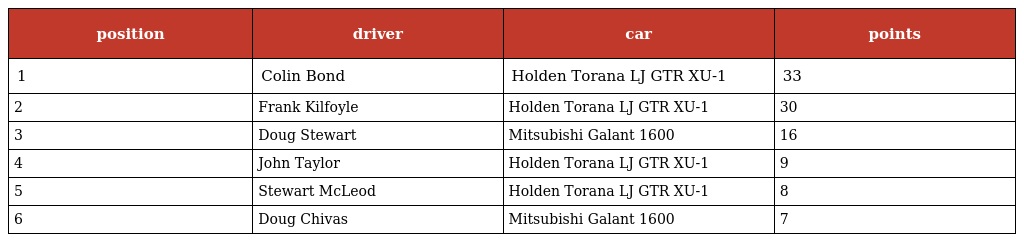
| position | driver | car | points |
 | --- | --- | --- | --- |
 | 1 | Colin Bond | Holden Torana LJ GTR XU-1 | 33 |
 | 2 | Frank Kilfoyle | Holden Torana LJ GTR XU-1 | 30 |
 | 3 | Doug Stewart | Mitsubishi Galant 1600 | 16 |
 | 4 | John Taylor | Holden Torana LJ GTR XU-1 | 9 |
 | 5 | Stewart McLeod | Holden Torana LJ GTR XU-1 | 8 |
 | 6 | Doug Chivas | Mitsubishi Galant 1600 | 7 |